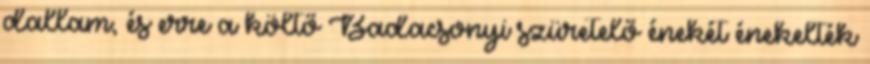
dallam, és erre a költő Badacsonyi szüretelő énekét énekelték